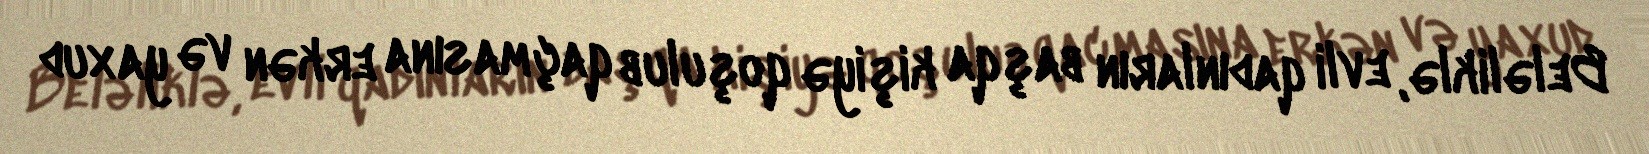
Beləliklə, evli qadınların başqa kişiyə qoşulub qaçmasına erkən və yaxud